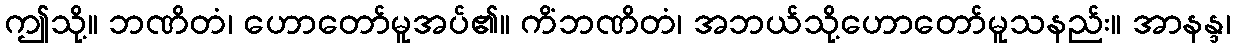
ဤသို့။ ဘဏိတံ၊ ဟောတော်မူအပ်၏။ ကိံဘဏိတံ၊ အဘယ်သို့ဟောတော်မူသနည်း။ အာနန္ဒ၊